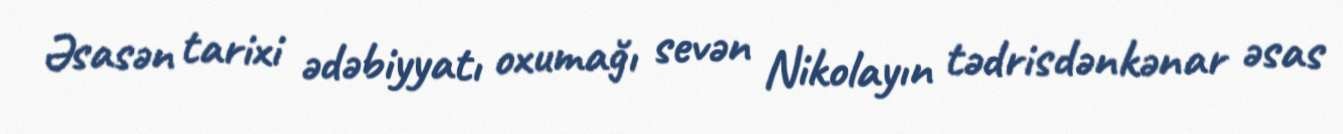
Əsasən tarixi ədəbiyyatı oxumağı sevən Nikolayın tədrisdənkənar əsas